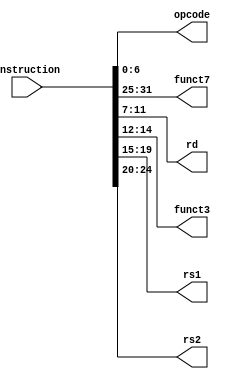
`timescale 1ns / 1ps

module instructiondecoder #(parameter bitwidth = 32) (instruction, opcode, funct7,rd,funct3,rs1,rs2);
    input [bitwidth-1:0] instruction;
    output [6:0] opcode;
    output [6:0] funct7;
    output [4:0] rd;
    output [2:0] funct3;
    output [4:0] rs1;
    output [4:0] rs2;
    reg [6:0] opcode,funct7;
    reg [4:0] rd;
    reg [4:0] rs1, rs2;
    reg [2:0] funct3;
    //instruction   
    always@(*) begin
        opcode = instruction[6:0];
        rd = instruction[11:7];
        funct3 = instruction[14:12];
        rs1 = instruction[19:15];
        rs2 = instruction[24:20];
        funct7 = instruction[31:25];
    end
 endmodule